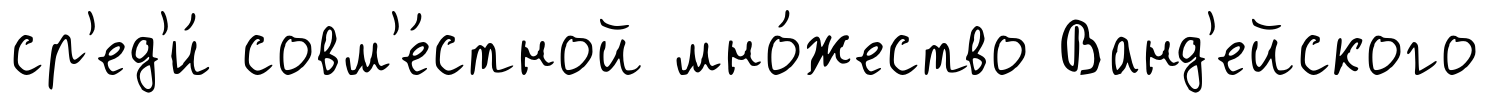
ср'ед'и́ совм'е́стной мно́жество Ванд'ейского